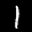
Label: 1